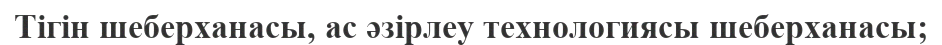
Тігін шеберханасы, ас әзірлеу технологиясы шеберханасы;